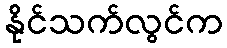
နိုင်သက်လွင်က